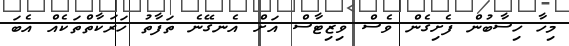
މިހާ ހިސާބުން ފެށިގެން ވެސް ވިޒިޓާސް އަށް އެނގޭނެ ތަފާތު ހަރަކާތްތަކެއް އެބަ